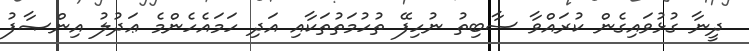
ދީނާ ގުޅުވައިގެން ކުރައްވާ ސާބިތު ނުހިފޭ ތުހުމަތުތަކާއި އަދި ހަމައެހެންމެ ޢަދުލު އިންޞާފު